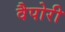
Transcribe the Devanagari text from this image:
वैपोरी